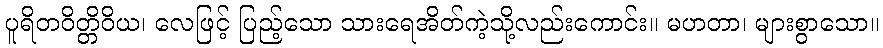
ပူရိတဝိတ္တိဝိယ၊ လေဖြင့် ပြည့်သော သားရေအိတ်ကဲ့သို့လည်းကောင်း။ မဟတာ၊ များစွာသော။